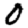
Digit: 0